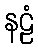
နဠံ